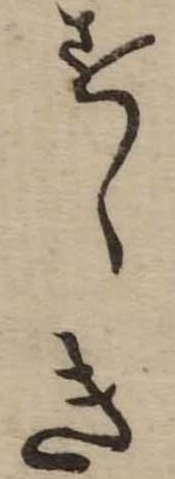
すゝき